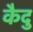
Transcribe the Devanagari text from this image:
कैदु